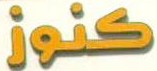
كنوز